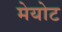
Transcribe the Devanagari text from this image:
मेयोट